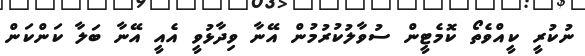
ނުކުރީ ކީއްވެތޯ ކޮމެޓީން ސުވާލުކުރުމުން އޭނާ ވިދާޅުވީ އެއީ އޭނާ ބަލާ ކަންކަން